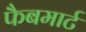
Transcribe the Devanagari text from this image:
फैबमार्ट